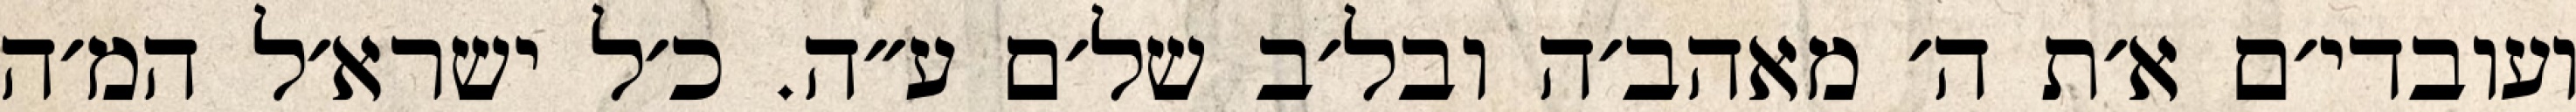
ועובדי׳ם א׳ת ה׳ מאהב׳ה ובל׳ב של׳ם ע״ה. כ׳ל ישרא׳ל המ׳ה